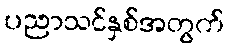
ပညာသင်နှစ်အတွက်